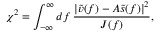
\chi ^ { 2 } = \int _ { - \infty } ^ { \infty } \mathop { d f } \frac { \left| \tilde { v } ( f ) - A \tilde { s } ( f ) \right| ^ { 2 } } { J ( f ) } ,